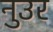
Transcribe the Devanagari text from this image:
नुउर